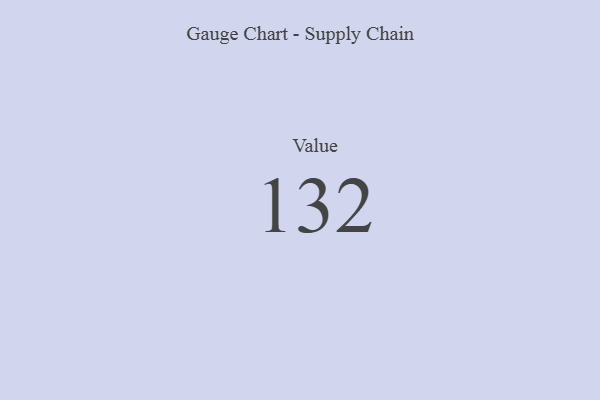
{"axis": {"x": "Metric", "y": "Value"}, "legend": [""], "data": [{"x": "Value", "y": 132, "type": ""}]}